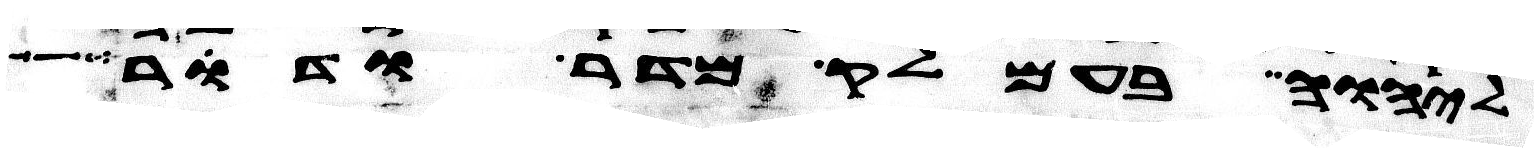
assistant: ליהוה בעמלק מדר ודר